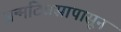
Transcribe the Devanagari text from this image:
जन्मदिवसापासून